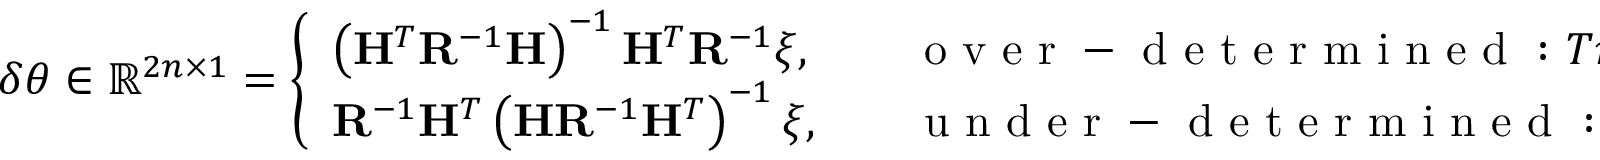
\delta \boldsymbol { \theta } \in \mathbb { R } ^ { 2 n \times 1 } = \left\{ \begin{array} { l l } { \left( \mathbf { H } ^ { T } \mathbf { R } ^ { - 1 } \mathbf { H } \right) ^ { - 1 } \mathbf { H } ^ { T } \mathbf { R } ^ { - 1 } \boldsymbol { \xi } , } & { \quad \mathrm { ~ o ~ v ~ e ~ r ~ - ~ d ~ e ~ t ~ e ~ r ~ m ~ i ~ n ~ e ~ d ~ : ~ } T m > 2 n , } \\ { \mathbf { R } ^ { - 1 } \mathbf { H } ^ { T } \left( \mathbf { H } \mathbf { R } ^ { - 1 } \mathbf { H } ^ { T } \right) ^ { - 1 } \boldsymbol { \xi } , } & { \quad \mathrm { ~ u ~ n ~ d ~ e ~ r ~ - ~ d ~ e ~ t ~ e ~ r ~ m ~ i ~ n ~ e ~ d ~ : ~ } T m < 2 n . } \end{array} \right.